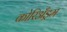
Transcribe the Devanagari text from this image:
कोरिअँड्रम